Malaria in India - Number 2
Disease focus: Malaria
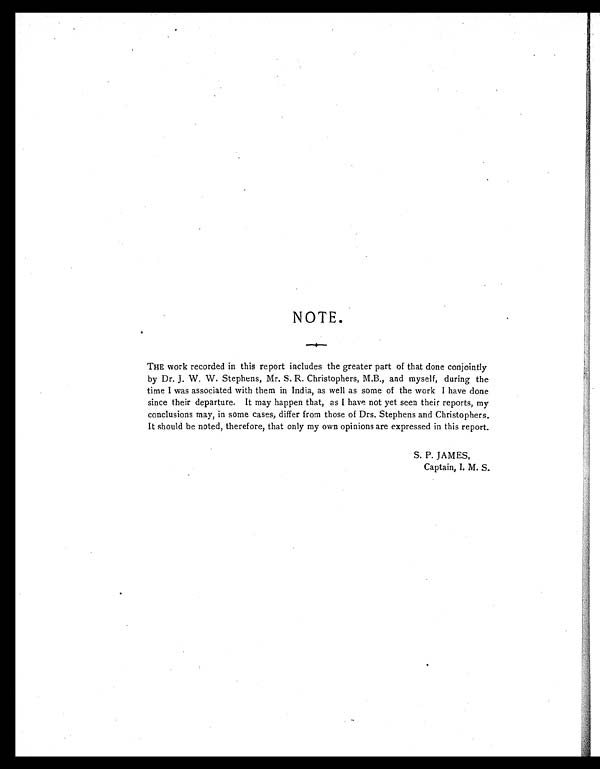
NOTE.
THE work recorded in this report includes the greater part of that done conjointly
by Dr. J . W. W. Stephens, Mr. S. R. Christophers, M.B., and myself, during the
time I was associated with them in India, as well as some of the work I have done
since their departure. It may happen that, as I have not yet seen their reports, my
conclusions may, in some cases, differ from those of Drs. Stephens and Christophers.
It should be noted, therefore, that only my own opinions are expressed in this report.
S. P. JAMES,
Captain, I. M. S.